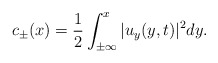
\begin{align*}c_\pm(x)=\frac{1}{2}\int_{\pm\infty}^x|u_y(y,t)|^2dy. \end{align*}